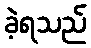
ခဲ့ရသည်